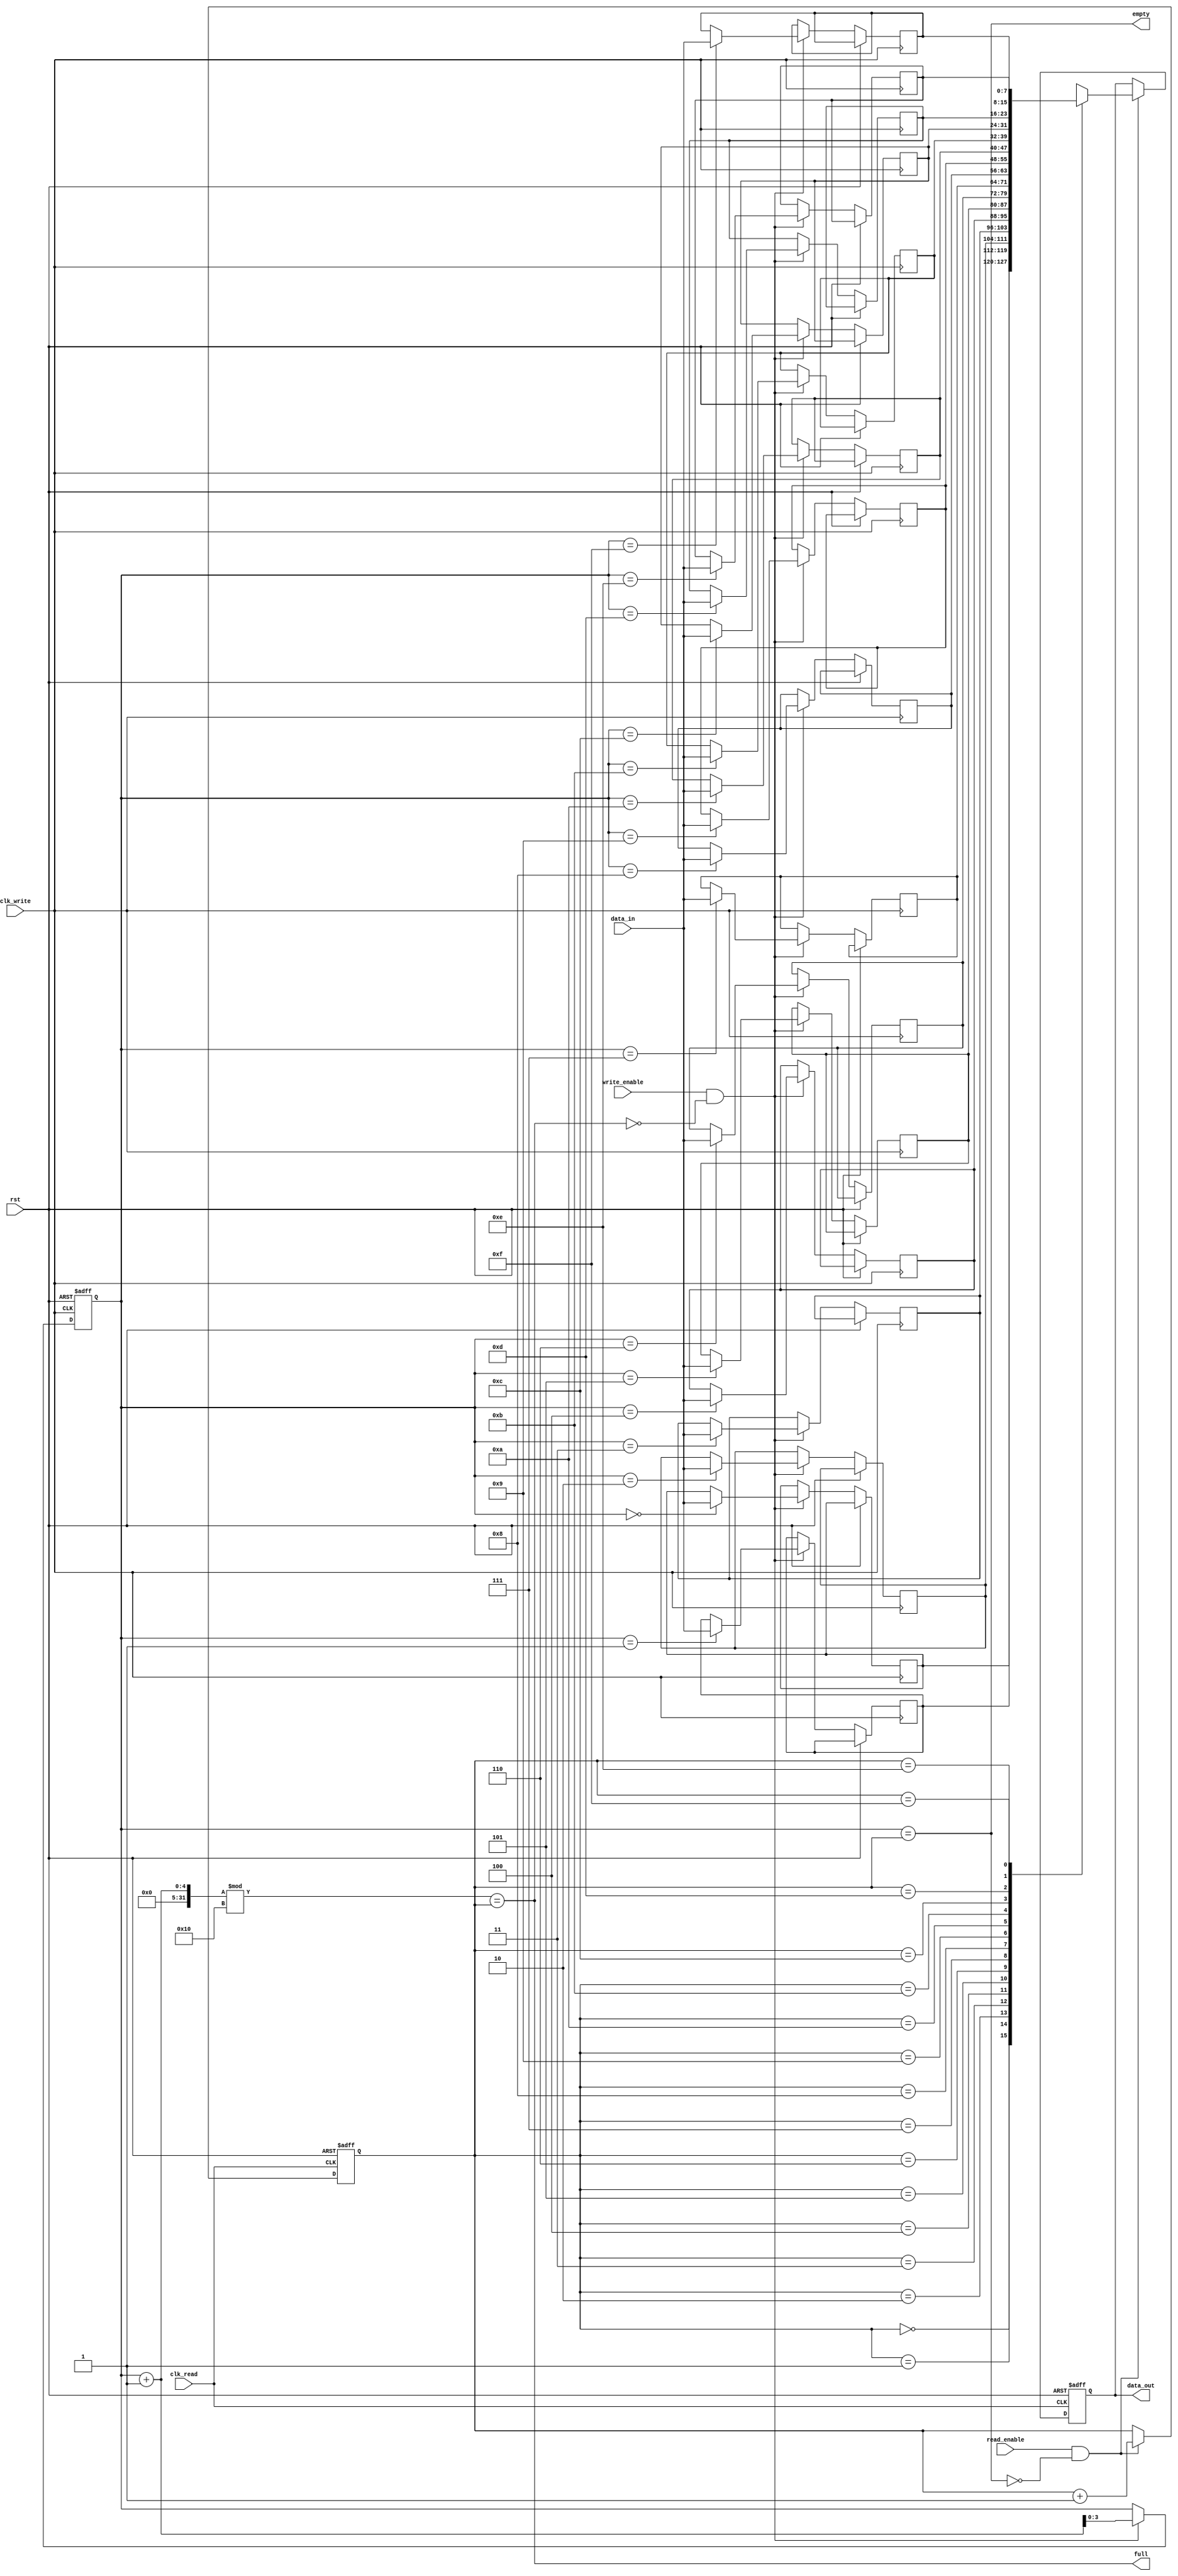
module dual_clock_fifo #(
    parameter DATA_WIDTH = 8,     // Width of each data entry
    parameter FIFO_DEPTH = 16,     // Number of entries in the FIFO
    parameter ADDR_WIDTH = 4        // Address width for FIFO depth
)(
    input wire clk_write,           // Write clock
    input wire clk_read,            // Read clock
    input wire rst,                 // Asynchronous reset
    input wire write_enable,         // Write enable signal
    input wire read_enable,          // Read enable signal
    input wire [DATA_WIDTH-1:0] data_in, // Data input
    output reg [DATA_WIDTH-1:0] data_out, // Data output
    output reg full,                // FIFO full flag
    output reg empty                // FIFO empty flag
);

// FIFO memory array
reg [DATA_WIDTH-1:0] fifo_mem [0:FIFO_DEPTH-1];

// Write and read pointers
reg [ADDR_WIDTH-1:0] write_pointer;
reg [ADDR_WIDTH-1:0] read_pointer;

// Synchronization registers for pointers
reg [ADDR_WIDTH-1:0] write_pointer_sync;
reg [ADDR_WIDTH-1:0] read_pointer_sync;

// Write operation
always @(posedge clk_write or posedge rst) begin
    if (rst) begin
        write_pointer <= 0;
    end else begin
        if (write_enable && !full) begin
            fifo_mem[write_pointer] <= data_in;
            write_pointer <= write_pointer + 1;
        end
    end
end

// Read operation
always @(posedge clk_read or posedge rst) begin
    if (rst) begin
        read_pointer <= 0;
        data_out <= 0;
    end else begin
        if (read_enable && !empty) begin
            data_out <= fifo_mem[read_pointer];
            read_pointer <= read_pointer + 1;
        end
    end
end

// Full and empty flag management
always @* begin
    full = (write_pointer + 1) % FIFO_DEPTH == read_pointer;
    empty = write_pointer == read_pointer;
end

// Pointer synchronization
always @(posedge clk_write or posedge rst) begin
    if (rst) begin
        write_pointer_sync <= 0;
    end else begin
        write_pointer_sync <= write_pointer;
    end
end

always @(posedge clk_read or posedge rst) begin
    if (rst) begin
        read_pointer_sync <= 0;
    end else begin
        read_pointer_sync <= read_pointer;
    end
end

endmodule